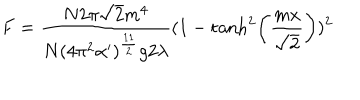
F = \frac { N 2 \pi \sqrt { 2 } m ^ { 4 } } { N ( 4 \pi ^ { 2 } \alpha ^ { \prime } ) ^ { \frac { 1 1 } { 2 } } g 2 \lambda } ( 1 - \tanh ^ { 2 } \left( \frac { m x } { \sqrt { 2 } } \right) ) ^ { 2 }